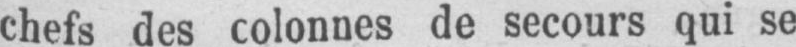
chefs des colonnes de secours qui se